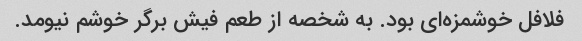
فلافل خوشمزه‌ای بود. به شخصه از طعم فیش برگر خوشم نیومد.